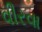
વીરવા